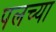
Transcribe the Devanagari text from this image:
पलच्या